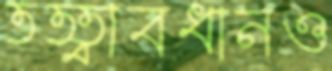
তত্ত্বাবধানও